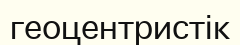
геоцентристік